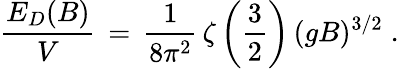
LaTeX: \frac{E_{D}(B)}{V}\, =\, \frac{1}{8\pi^{2}}\, \zeta\left(\frac{3}{2}\right)\, (gB)^{3/2}\; .